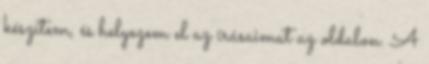
készítem, és helyezem el az írásaimat az oldalon. A